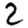
Digit: 2